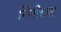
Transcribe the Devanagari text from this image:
निरोच्या